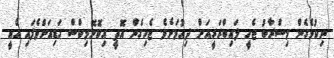
ނިކުމެގެން މިސްރާބު ޖެހީ ލައިބްރަރީއަށް ދިއުމަށެވެ. ޖެހިގެން އޮތީ އިކޮނޮމިކްސް ގަޑިއަށްވެފައި އެއީ